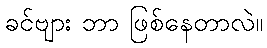
ခင်ဗျား ဘာ ဖြစ်နေတာလဲ။